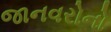
જાનવરોનો